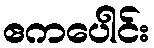
ဧကပေါင်း